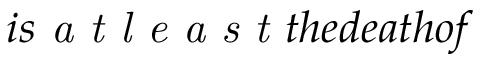
i s \textit { a t l e a s t } t h e d e a t h o f